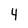
Character: 4